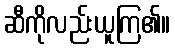
ဆီကိုလည်းယူကြ၏။